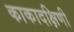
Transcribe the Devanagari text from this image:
काकादक्षिणी